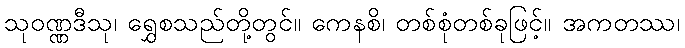
သုဝဏ္ဏဒီသု၊ ရွှေစသည်တို့တွင်။ ကေနစိ၊ တစ်စုံတစ်ခုဖြင့်။ အကတဿ၊